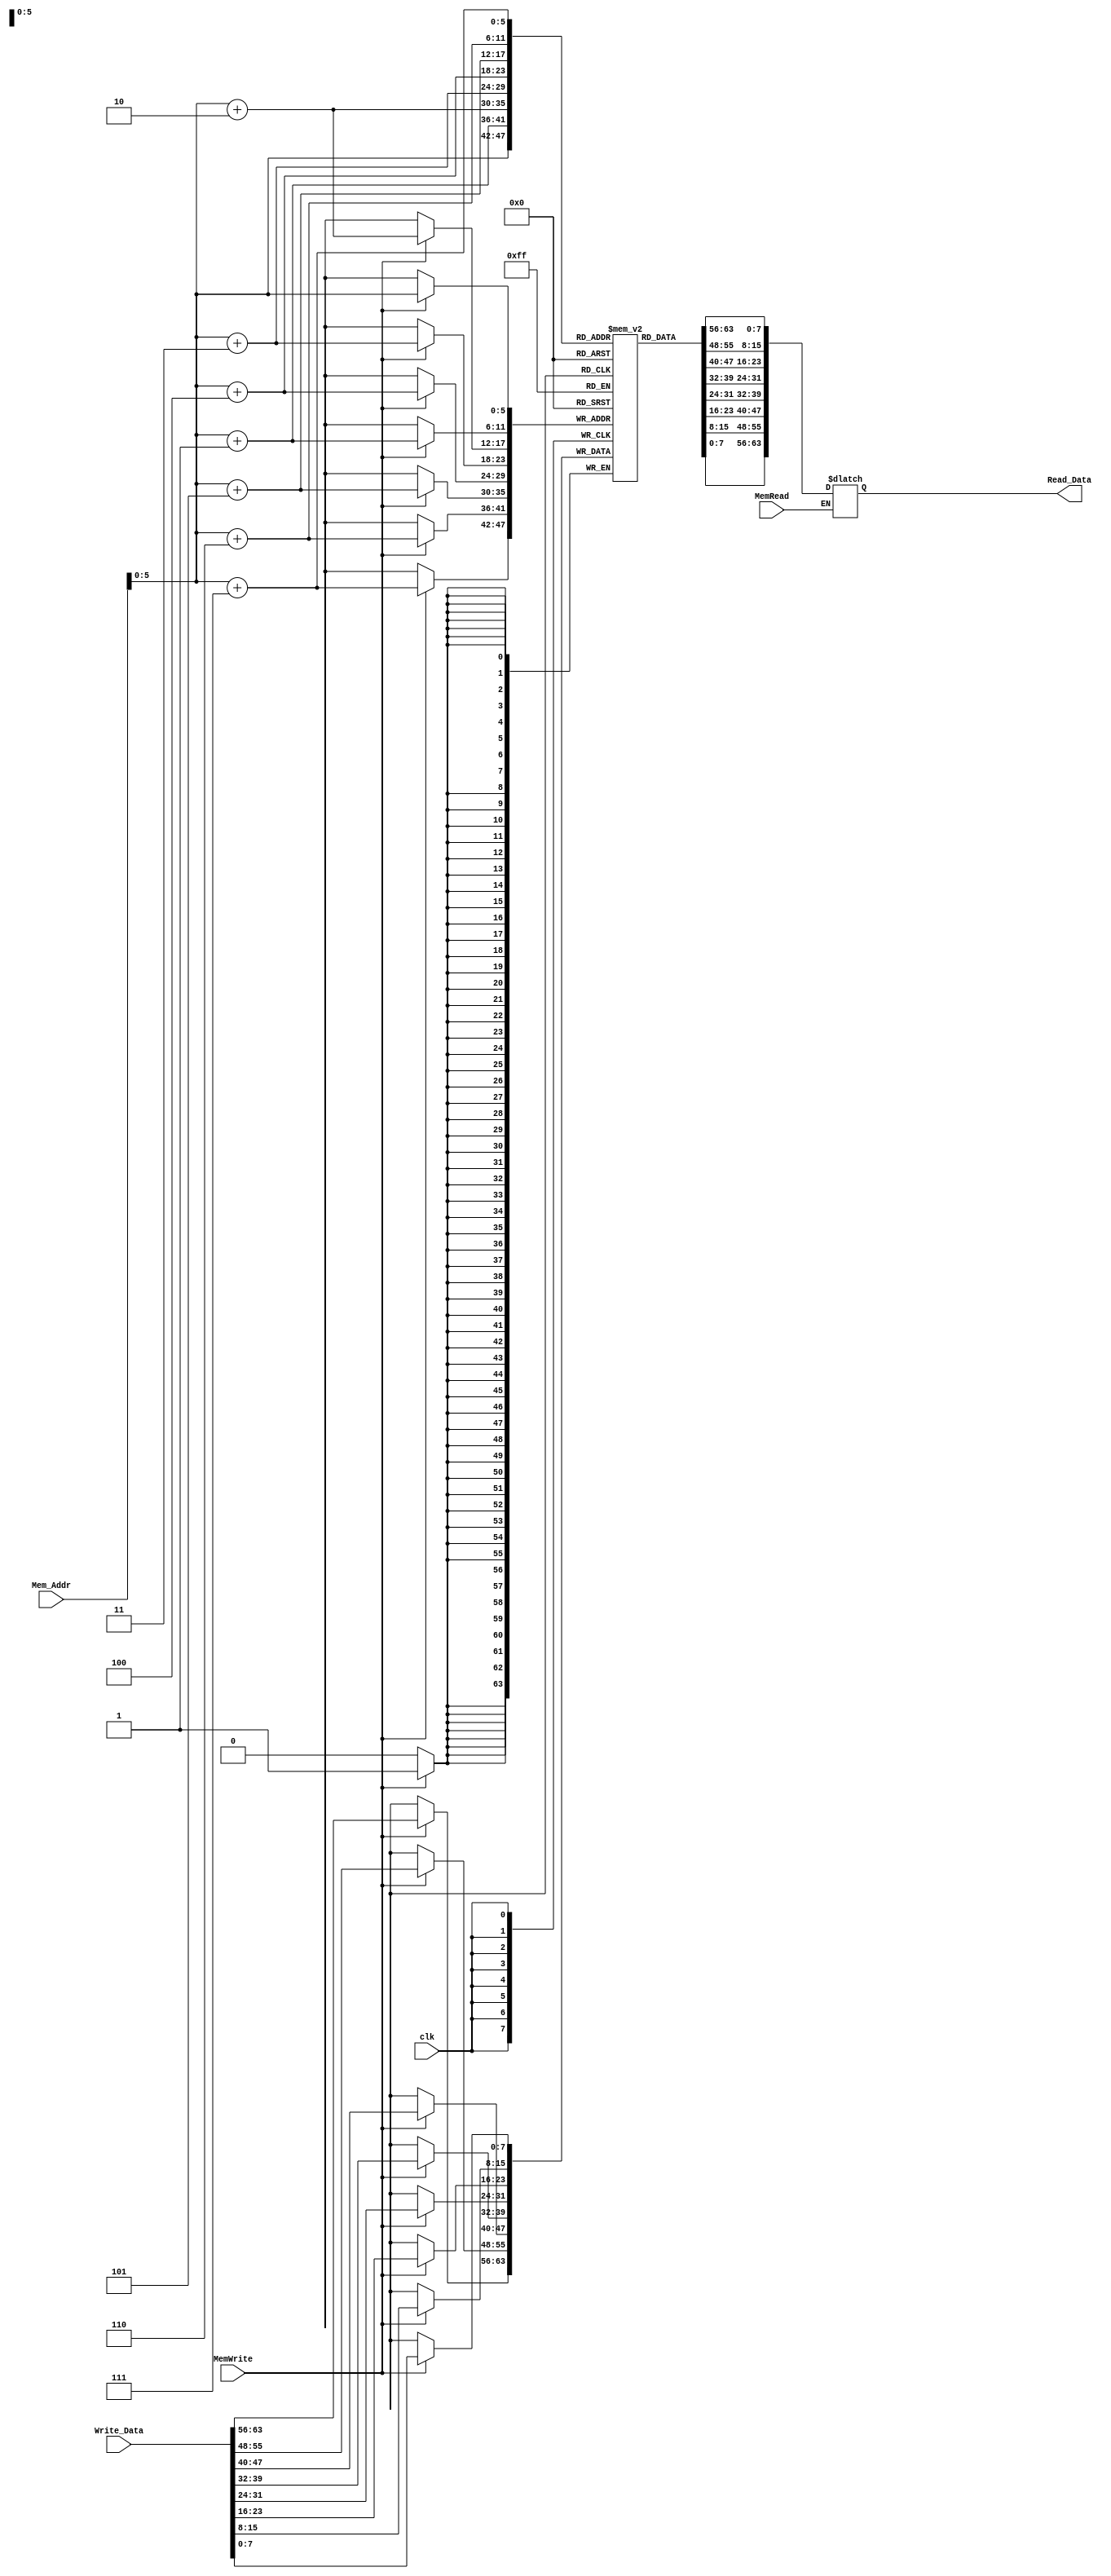
module Data_Memory
(
input [63:0] Mem_Addr,
input [63:0] Write_Data,
input clk,
input MemWrite,
input MemRead,

output reg [63:0] Read_Data
);

reg [7:0] register [63:0] ;
initial
begin
	register[0] = 64'd0;
	register[1] = 64'd1;
	register[2] = 64'd2;
	register[3] = 64'd3;
	register[4] = 64'd4;
	register[5] = 64'd5;
	register[6] = 64'd6;
	register[7] = 64'd7;
	register[8] = 64'd8;
	register[9] = 64'd9;
	register[10] = 64'd10;
	register[11] = 64'd11;
	register[12] = 64'd12;
	register[13] = 64'd13;
	register[14] = 64'd14;
	register[15] = 64'd15;
	register[16] = 64'd16;
	register[17] = 64'd17;
	register[18] = 64'd18;
	register[19] = 64'd19;
	register[20] = 64'd20;
	register[21] = 64'd21;
	register[22] = 64'd22;
	register[23] = 64'd23;
	register[24] = 64'd24;
	register[25] = 64'd25;
	register[26] = 64'd26;
	register[27] = 64'd27;
	register[28] = 64'd28;
	register[29] = 64'd29;
	register[30] = 64'd30;
	register[31] = 64'd31;
	register[32] = 64'd32;
	register[33] = 64'd33;
	register[34] = 64'd34;
	register[35] = 64'd35;
	register[36] = 64'd36;
	register[37] = 64'd37;
	register[38] = 64'd38;
	register[39] = 64'd39;
	register[40] = 64'd40;
	register[41] = 64'd41;
	register[42] = 64'd42;
	register[43] = 64'd43;
	register[44] = 64'd44;
	register[45] = 64'd45;
	register[46] = 64'd46;
	register[47] = 64'd47;
	register[48] = 64'd48;
	register[49] = 64'd49;
	register[50] = 64'd50;
	register[51] = 64'd51;
	register[52] = 64'd52;
	register[53] = 64'd53;
	register[54] = 64'd54;
	register[55] = 64'd55;
	register[56] = 64'd56;
	register[57] = 64'd57;
	register[58] = 64'd58;
	register[59] = 64'd59;
	register[60] = 64'd60;
	register[61] = 64'd61;
	register[62] = 64'd62;
	register[63] = 64'd63;
end

/*
always@(*)
begin
if (clk == 1'b1 & MemWrite == 1'b1)
  begin
		register[Mem_Addr] = Write_Data[7:0];
		register[Mem_Addr+1] = Write_Data[15:8];
		register[Mem_Addr+2] = Write_Data[23:16];
		register[Mem_Addr+3] = Write_Data[31:24];
		register[Mem_Addr+4] = Write_Data[39:32];
		register[Mem_Addr+5] = Write_Data[47:40];
		register[Mem_Addr+6] = Write_Data[55:48];
		register[Mem_Addr+7] = Write_Data[63:56];
	end
if (MemRead == 1'b1)
  Read_Data = {register[Mem_Addr+7],register[Mem_Addr+6],register[Mem_Addr+5],register[Mem_Addr+4],register[Mem_Addr+3],register[Mem_Addr+2],register[Mem_Addr+1],register[Mem_Addr]};
end
*/
always@(posedge clk)// & (MemWrite == 1'b1))
begin
if (MemWrite == 1'b1)
  begin
		register[Mem_Addr] = Write_Data[7:0];
		register[Mem_Addr+1] = Write_Data[15:8];
		register[Mem_Addr+2] = Write_Data[23:16];
		register[Mem_Addr+3] = Write_Data[31:24];
		register[Mem_Addr+4] = Write_Data[39:32];
		register[Mem_Addr+5] = Write_Data[47:40];
		register[Mem_Addr+6] = Write_Data[55:48];
		register[Mem_Addr+7] = Write_Data[63:56];
	end
end  
always@(Mem_Addr)// & (MemRead == 1'b1))
begin
if (MemRead == 1'b1)
  Read_Data = {register[Mem_Addr+7],register[Mem_Addr+6],register[Mem_Addr+5],register[Mem_Addr+4],register[Mem_Addr+3],register[Mem_Addr+2],register[Mem_Addr+1],register[Mem_Addr]};
end
  

endmodule